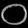
Digit: ၀